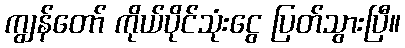
ကျွန်တော် ကိုယ်ပိုင်သုံးငွေ ပြတ်သွားပြီ။